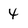
Character: 4